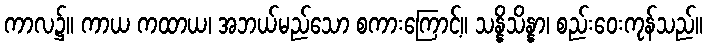
ကာလ၌။ ကာယ ကထာယ၊ အဘယ်မည်သော စကားကြောင့်။ သန္နိသိန္နာ၊ စည်းဝေးကုန်သည်။